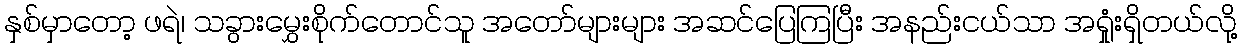
နှစ်မှာတော့ ဖရဲ၊ သခွားမွှေးစိုက်တောင်သူ အတော်များများ အဆင်ပြေကြပြီး အနည်းငယ်သာ အရှုံးရှိတယ်လို့